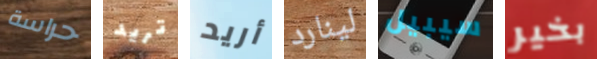
حراسة تريد أريد لينارد سيبيل بخير